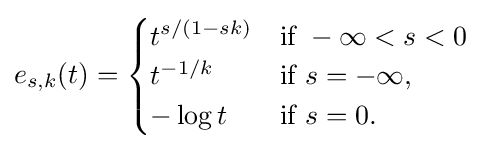
e_{s,k}(t)={\begin{cases}t^{s/(1-sk)}&{\text{if }}-\infty <s<0\\t^{-1/k}&{\text{if }}s=-\infty ,\\-\log t&{\text{if }}s=0.\end{cases}}